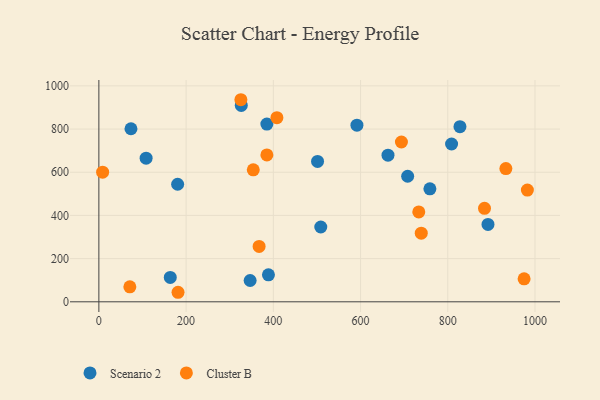
{"axis": {"x": "Distance", "y": "Yield"}, "legend": ["Cluster B", "Scenario 2"], "data": [{"x": "73.6", "y": 801.4, "type": "Scenario 2"}, {"x": "501.4", "y": 650.0, "type": "Scenario 2"}, {"x": "708.0", "y": 581.5, "type": "Scenario 2"}, {"x": "108.3", "y": 665.3, "type": "Scenario 2"}, {"x": "892.2", "y": 358.3, "type": "Scenario 2"}, {"x": "388.8", "y": 124.9, "type": "Scenario 2"}, {"x": "591.7", "y": 817.8, "type": "Scenario 2"}, {"x": "163.7", "y": 113.0, "type": "Scenario 2"}, {"x": "759.0", "y": 523.2, "type": "Scenario 2"}, {"x": "346.8", "y": 98.7, "type": "Scenario 2"}, {"x": "326.5", "y": 909.3, "type": "Scenario 2"}, {"x": "827.9", "y": 811.2, "type": "Scenario 2"}, {"x": "508.8", "y": 346.5, "type": "Scenario 2"}, {"x": "385.2", "y": 822.9, "type": "Scenario 2"}, {"x": "808.7", "y": 730.7, "type": "Scenario 2"}, {"x": "180.6", "y": 544.3, "type": "Scenario 2"}, {"x": "662.9", "y": 679.1, "type": "Scenario 2"}, {"x": "975.0", "y": 106.3, "type": "Cluster B"}, {"x": "71.0", "y": 69.2, "type": "Cluster B"}, {"x": "8.6", "y": 600.2, "type": "Cluster B"}, {"x": "181.5", "y": 44.1, "type": "Cluster B"}, {"x": "982.5", "y": 517.4, "type": "Cluster B"}, {"x": "367.4", "y": 256.6, "type": "Cluster B"}, {"x": "693.7", "y": 740.0, "type": "Cluster B"}, {"x": "884.2", "y": 432.8, "type": "Cluster B"}, {"x": "733.5", "y": 416.1, "type": "Cluster B"}, {"x": "325.6", "y": 935.8, "type": "Cluster B"}, {"x": "739.2", "y": 317.9, "type": "Cluster B"}, {"x": "933.2", "y": 617.0, "type": "Cluster B"}, {"x": "354.0", "y": 611.1, "type": "Cluster B"}, {"x": "385.2", "y": 680.2, "type": "Cluster B"}, {"x": "408.2", "y": 852.5, "type": "Cluster B"}]}